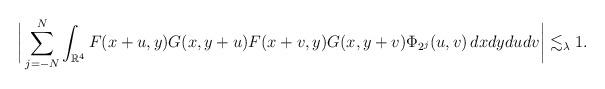
LaTeX: \begin{align*}\bigg| \sum_{j=-N}^{N} \int_{\mathbb{R}^4} F(x+u,y)G(x,y+u)F(x+v,y)G(x,y+v) \Phi_{2^j}(u,v) \,dxdydudv \bigg| \lesssim_\lambda 1.\end{align*}